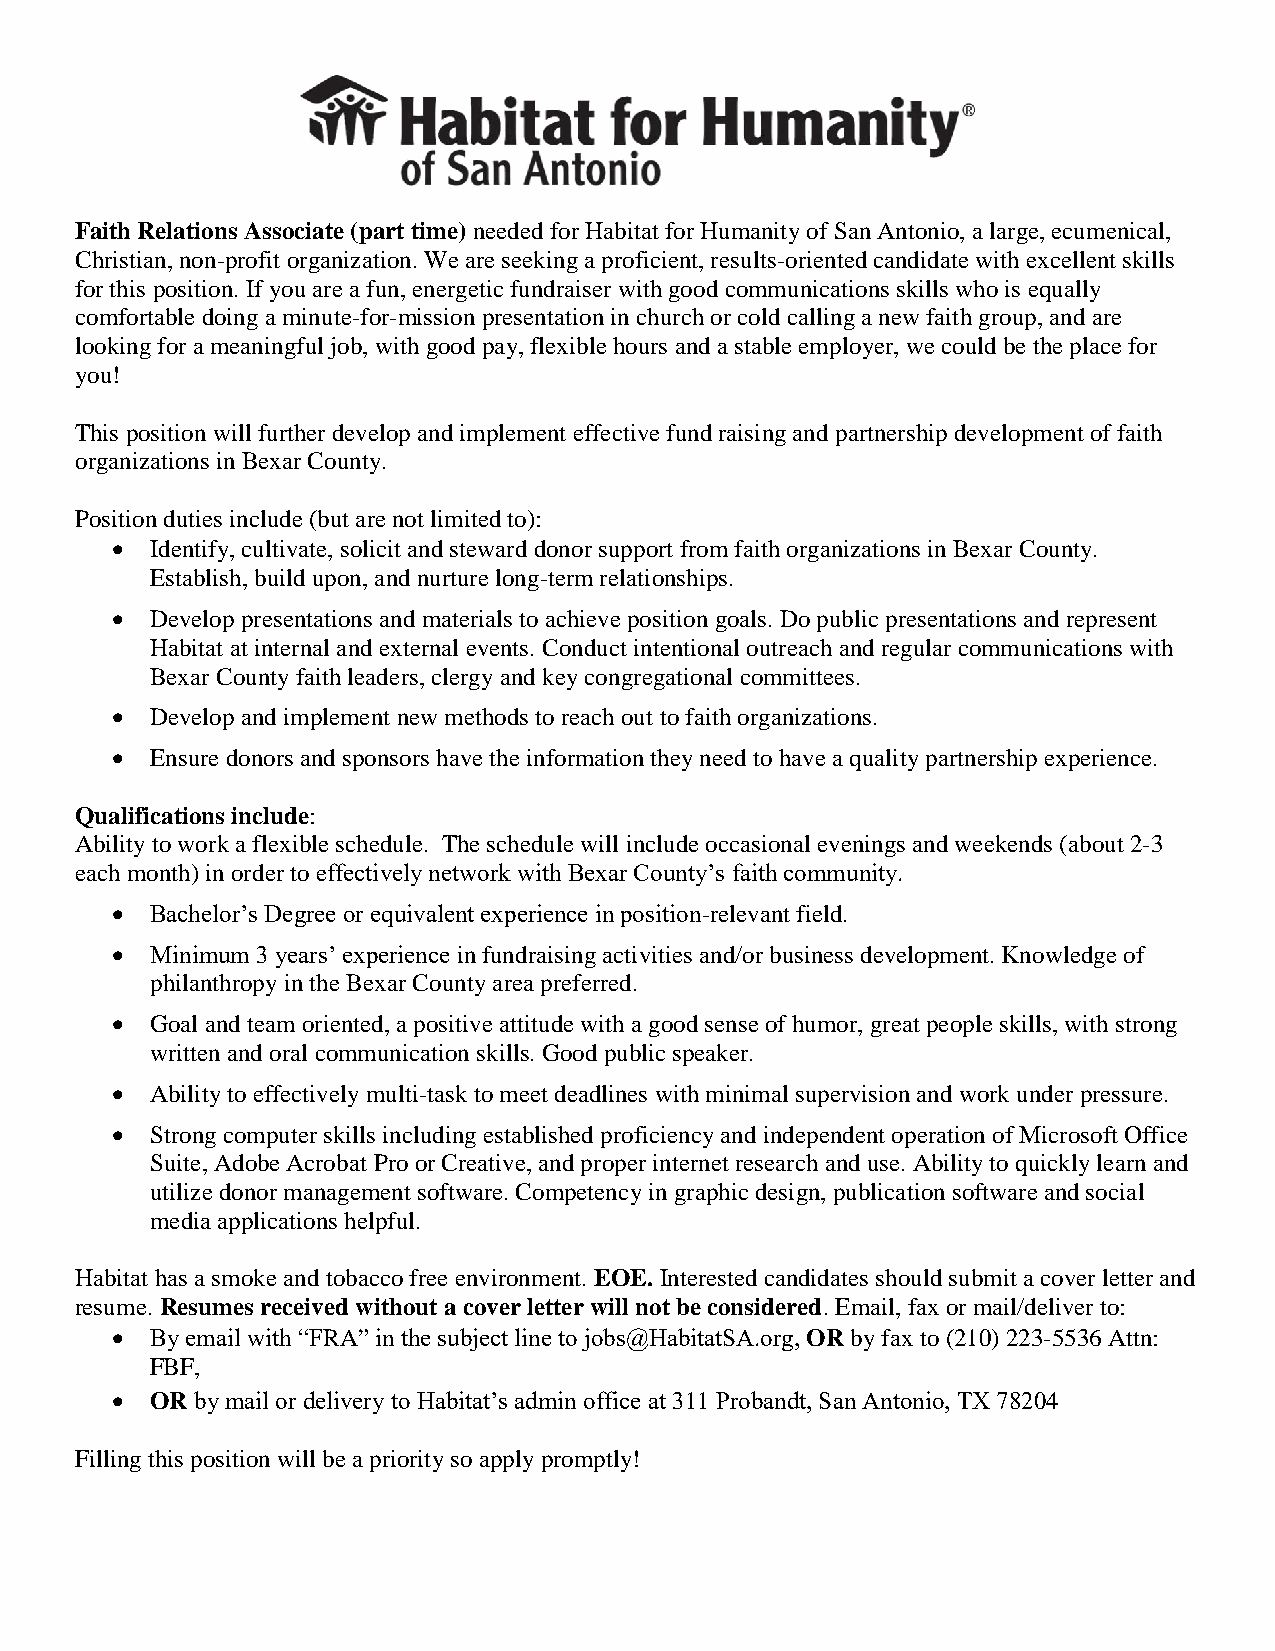
Faith Relations Associate (part time) needed for Habitat for Humanity of San Antonio, a large, ecumenical,
 Christian, non-profit organization. We are seeking a proficient, results-oriented candidate with excellent skills
 for this position. If you are a fun, energetic fundraiser with good communications skills who is equally
 comfortable doing a minute-for-mission presentation in church or cold calling a new faith group, and are
 looking for a meaningful job, with good pay, flexible hours and a stable employer, we could be the place for
 you!
 This position will further develop and implement effective fund raising and partnership development of faith
 organizations in Bexar County.
 Position duties include (but are not limited to):
   Identify, cultivate, solicit and steward donor support from faith organizations in Bexar County.
 Establish, build upon, and nurture long-term relationships.
   Develop presentations and materials to achieve position goals. Do public presentations and represent
 Habitat at internal and external events. Conduct intentional outreach and regular communications with
 Bexar County faith leaders, clergy and key congregational committees.
   Develop and implement new methods to reach out to faith organizations.
   Ensure donors and sponsors have the information they need to have a quality partnership experience.
 Qualifications include:
 Ability to work a flexible schedule. The schedule will include occasional evenings and weekends (about 2-3
 each month) in order to effectively network with Bexar County’s faith community.
   Bachelor’s Degree or equivalent experience in position-relevant field.
   Minimum 3 years’ experience in fundraising activities and/or business development. Knowledge of
 philanthropy in the Bexar County area preferred.
   Goal and team oriented, a positive attitude with a good sense of humor, great people skills, with strong
 written and oral communication skills. Good public speaker.
   Ability to effectively multi-task to meet deadlines with minimal supervision and work under pressure.
   Strong computer skills including established proficiency and independent operation of Microsoft Office
 Suite, Adobe Acrobat Pro or Creative, and proper internet research and use. Ability to quickly learn and
 utilize donor management software. Competency in graphic design, publication software and social
 media applications helpful.
 Habitat has a smoke and tobacco free environment. EOE. Interested candidates should submit a cover letter and
 resume. Resumes received without a cover letter will not be considered. Email, fax or mail/deliver to:
   By email with “FRA” in the subject line to jobs@HabitatSA.org, OR by fax to (210) 223-5536 Attn:
 FBF,
   OR by mail or delivery to Habitat’s admin office at 311 Probandt, San Antonio, TX 78204
 Filling this position will be a priority so apply promptly!